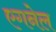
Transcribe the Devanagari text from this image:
एगनेल